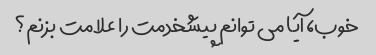
خوب، آیا می توانم پیشخدمت را علامت بزنم؟